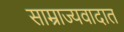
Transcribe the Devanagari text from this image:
साम्राज्यवादात